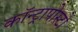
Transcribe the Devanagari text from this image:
कॉन्ट्रापोस्टो